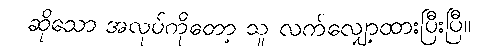
ဆိုသော အလုပ်ကိုတော့ သူ လက်လျှော့ထားပြီးပြီ။